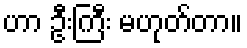
ဟာ ဦးကြီး မဟုတ်တာ။